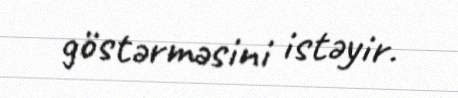
göstərməsini istəyir.